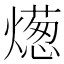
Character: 燪